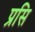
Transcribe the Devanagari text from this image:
प्रसि